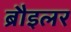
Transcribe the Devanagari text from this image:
ब्रौइलर